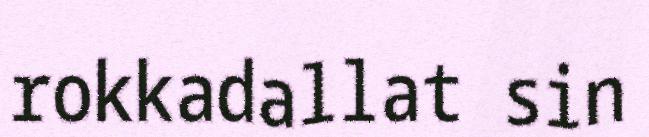
rokkadallat sin